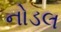
નોડલ